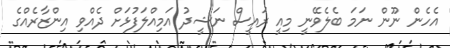
އެހެން ނޫން ނަމަ ބެލެވޭނީ މިއީ ރައީސް ނަޝީދު އަމިއްލަފުޅަށް ދެއްވި އިންޒާރެއްގެ